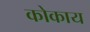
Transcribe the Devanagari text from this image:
कोकाय